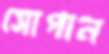
সোপান